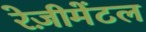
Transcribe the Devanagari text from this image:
रेज़ीमेंटल